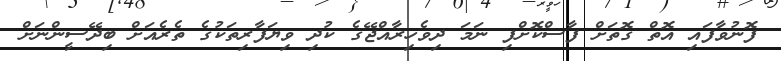
ފޮނުވާފައި އޮތް ގޮތަށް ފާސްކޮށްފި ނަމަ ދިވެހިރާއްޖޭގެ ކުދި ވިޔަފާރިތަކުގެ ތެރެއަށް ބިދޭސީންނަށް